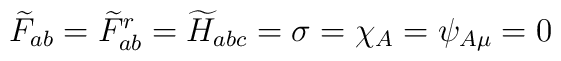
\widetilde{F}_{ab}=\widetilde{F}^r_{ab}=\widetilde{H}_{abc}=\sigma=\chi_A=\psi_{A\mu}=0